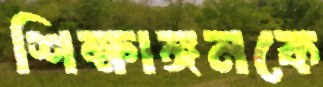
শিক্ষাঙ্গনকে